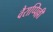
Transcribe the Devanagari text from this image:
वैराप्पिल्ली